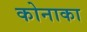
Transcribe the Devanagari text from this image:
कोनाका